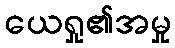
ယေရှု၏အမှု